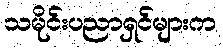
သမိုင်းပညာရှင်များက